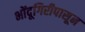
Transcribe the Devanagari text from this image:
भोंदूगिरीपासून